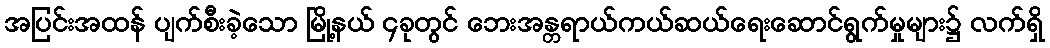
အပြင်းအထန် ပျက်စီးခဲ့သော မြို့နယ် ၄ခုတွင် ဘေးအန္တရာယ်ကယ်ဆယ်ရေးဆောင်ရွက်မှုများ၌ လက်ရှိ